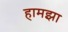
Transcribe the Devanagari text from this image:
हामझा